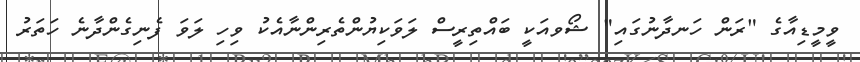
ވީމީޑިއާގެ "ރަން ހަނދާނުގައި" ޝޯވއަކީ ބައްތިރީސް ލަވަކިޔުންތެރިންނާއެކު ވިހި ލަވަ ފެނިގެންދާނެ ހަތަރު